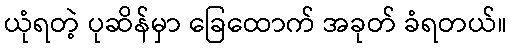
ယုံရတဲ့ ပုဆိန်မှာ ခြေထောက် အခုတ် ခံရတယ်။